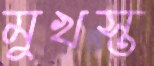
মুখস্ত